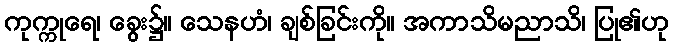
ကုက္ကုရေ၊ ခွေး၌။ သေနဟံ၊ ချစ်ခြင်းကို။ အကာသိမညာသိ၊ ပြု၏ဟု